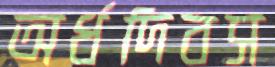
অর্ধদিবস